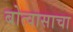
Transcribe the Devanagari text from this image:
बोत्वासाचा